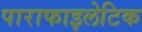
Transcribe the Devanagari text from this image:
पाराफाइलेटिक